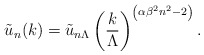
\begin{align*}{\tilde u_n(k)}={\tilde u_{n\Lambda}}\left({k\over\Lambda}\right)^{\left(\alpha {\beta^2} n^2 -2\right)}.\end{align*}